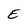
Character: E